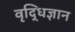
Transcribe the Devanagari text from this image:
वृद्धिज्ञान